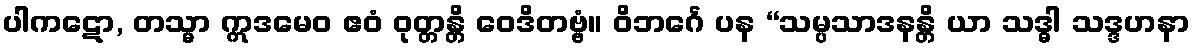
ပါကဋော, တသ္မာ ဣဒမေဝ ဧဝံ ဝုတ္တန္တိ ဝေဒိတဗ္ဗံ။ ဝိဘင်္ဂေ ပန “သမ္ပသာဒနန္တိ ယာ သဒ္ဓါ သဒ္ဒဟနာ